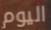
اليوم